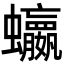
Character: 𮕗